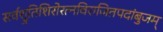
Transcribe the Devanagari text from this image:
सर्वश्रुतिशिरोरत्नविराजितपदांबुजम्